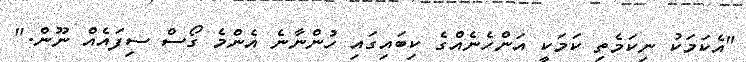
"އެކަމަކު ނިކަމެތި ކަމަކީ އަންހެނެއްގެ ކިބައިގައި ހުންނާނެ އެންމެ ގޯސް ސިފައެއް ނޫން."